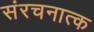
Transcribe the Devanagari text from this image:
संरचनात्क